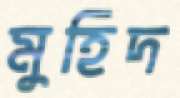
মুহিদ